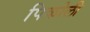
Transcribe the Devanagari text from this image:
पिकोली